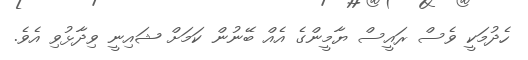
ހެދުމަކީ ވެސް ރައީސް ޔާމީންގެ އެއް ބޭނުން ކަމަށް ޝައިނީ ވިދާޅުވި އެވެ.